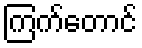
ကြက်တောင်